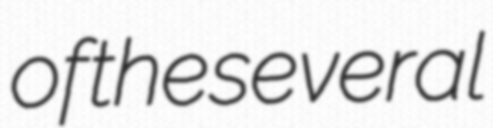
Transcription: of the several